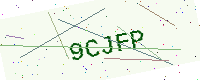
Text: 9CJFP